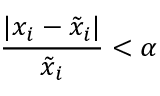
\frac { | x _ { i } - \tilde { x } _ { i } | } { \tilde { x } _ { i } } < \alpha